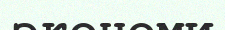
экономи